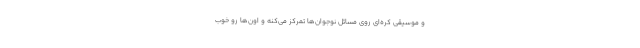
و موسیقی کره‌ای روی مسائل نوجوان‌ها تمرکز می‌کنه و اون‌ها رو خوب